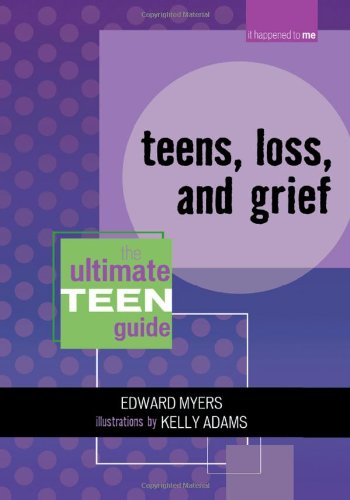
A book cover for When Will I Stop Hurting?: Teens, Loss, and Grief (It Happened to Me) (No. 8); Edward Myers; Teen & Young Adult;